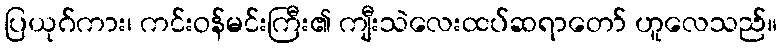
ပြယုဂ်ကား၊ ကင်းဝန်မင်းကြီး၏ ကျီးသဲလေးထပ်ဆရာတော် ဟူလေသည်။